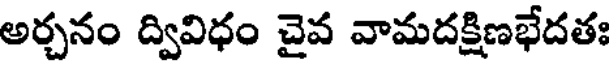
అర్చనం ద్వివిధం చైవ వామదక్షిణభేదతః